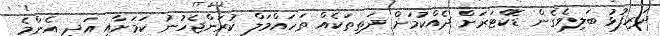
ދަރިފުޅު ބަލިވެގެން ޑޮކްޓަރަށް ދެއްކުމަށް ދަތިތަކެއް ތަހައްމަލް ކުރަންޖެހުނު ކަމަށާއި އަދި އެންމެ